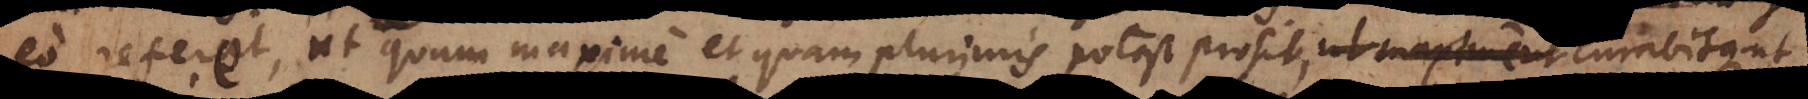
eo referet, ut quam maxime et quam plurimis potest prosit, curabitque